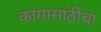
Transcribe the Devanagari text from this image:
कामासाठीचा